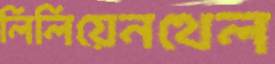
লিলিয়েনথেল